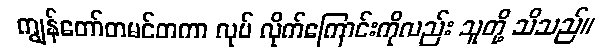
ကျွန်တော်တမင်တကာ လုပ် လိုက်ကြောင်းကိုလည်း သူတို့ သိသည်။